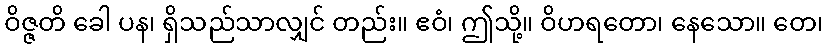
ဝိဇ္ဇတိ ခေါ ပန၊ ရှိသည်သာလျှင် တည်း။ ဧဝံ၊ ဤသို့။ ဝိဟရတော၊ နေသော။ တေ၊